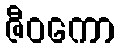
ဇီဝကော